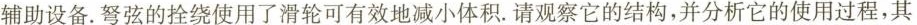
辅助设备.弩弦的拴绕使用了滑轮可有效地减小体积。请观察它的结构，并分析它的使用过程，其